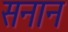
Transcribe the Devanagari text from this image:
सनान